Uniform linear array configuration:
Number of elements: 16
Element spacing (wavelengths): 0.25
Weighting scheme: blackman
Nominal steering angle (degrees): -45
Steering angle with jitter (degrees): -43.601
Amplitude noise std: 0.05
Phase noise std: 0.05

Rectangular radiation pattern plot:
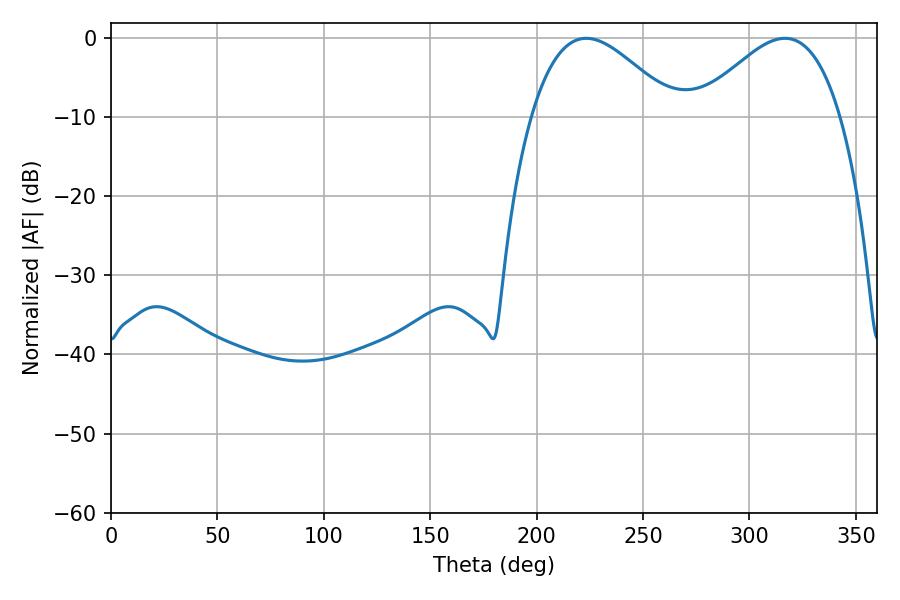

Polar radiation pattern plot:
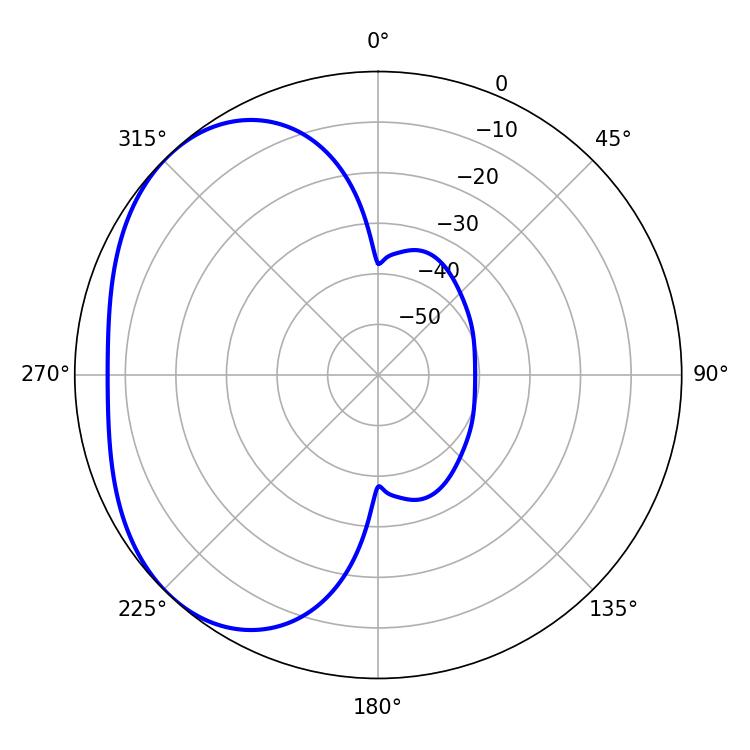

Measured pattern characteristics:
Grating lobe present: FALSE
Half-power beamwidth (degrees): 36.36
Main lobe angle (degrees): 223.38